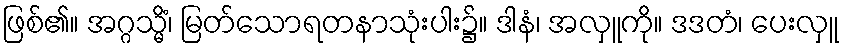
ဖြစ်၏။ အဂ္ဂသ္မိံ၊ မြတ်သောရတနာသုံးပါး၌။ ဒါနံ၊ အလှူကို။ ဒဒတံ၊ ပေးလှူ